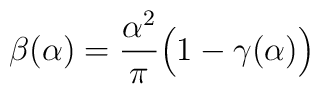
\beta(\alpha) = \frac{\alpha^2}{\pi}\Big(1-\gamma(\alpha)\Big)